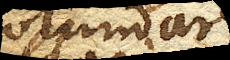
rotundari